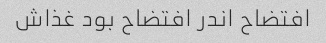
افتضاح اندر افتضاح بود غذاش